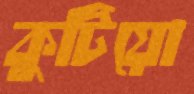
কুটিয়ো